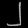
Digit: ၂